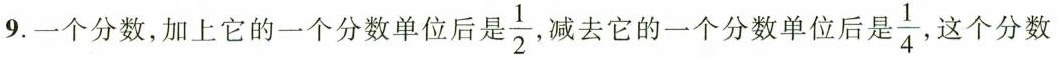
9.一个分数，加上它的一个分数单位后是\frac{1}{2}，减去它的一个分数单位后是\frac{1}{4}，这个分数